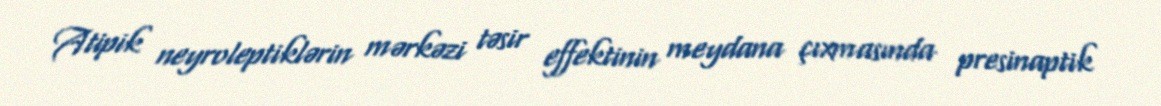
Atipik neyroleptiklərin mərkəzi təsir effektinin meydana çıxmasında presinaptik